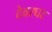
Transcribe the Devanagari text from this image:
देवरघट